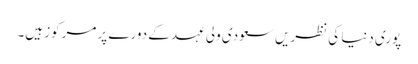
پوری دنیا کی نظریں سعودی ولی عہد کے دورے پر مرکوز ہیں۔